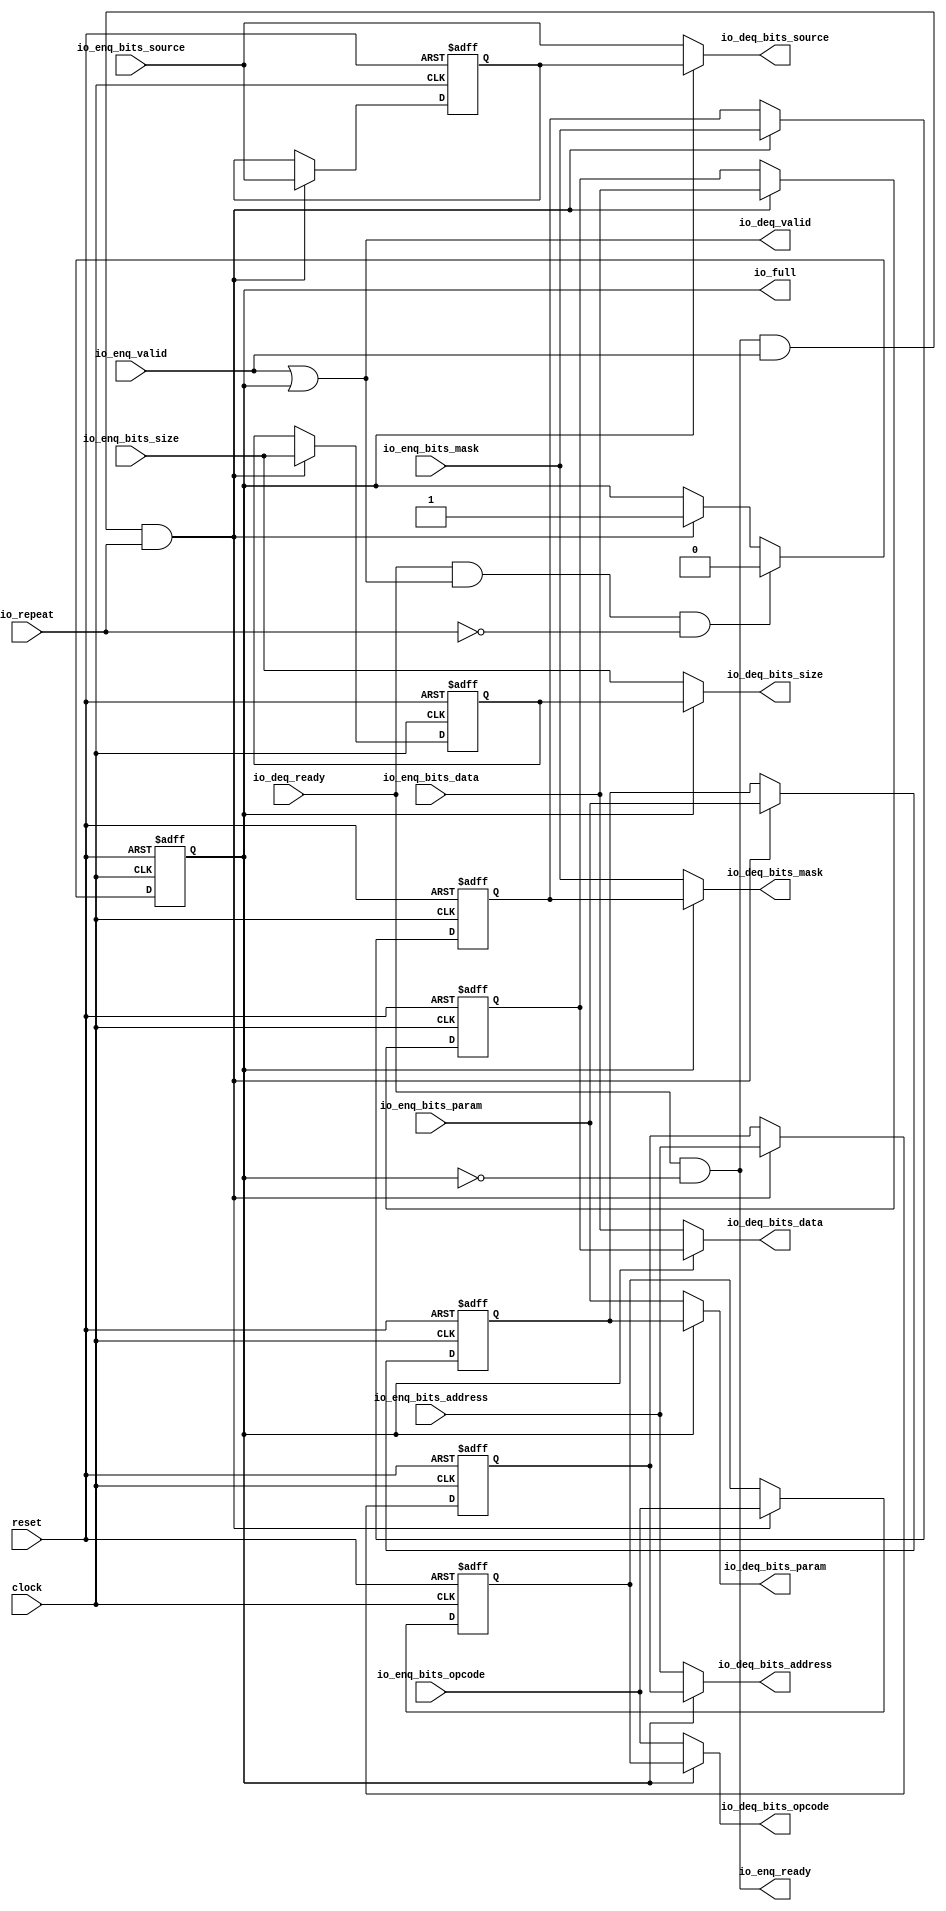
module sirv_tl_repeater_5(
  input   clock,
  input   reset,
  input   io_repeat,
  output  io_full,
  output  io_enq_ready,
  input   io_enq_valid,
  input  [2:0] io_enq_bits_opcode,
  input  [2:0] io_enq_bits_param,
  input  [2:0] io_enq_bits_size,
  input  [1:0] io_enq_bits_source,
  input  [29:0] io_enq_bits_address,
  input  [3:0] io_enq_bits_mask,
  input  [31:0] io_enq_bits_data,
  input   io_deq_ready,
  output  io_deq_valid,
  output [2:0] io_deq_bits_opcode,
  output [2:0] io_deq_bits_param,
  output [2:0] io_deq_bits_size,
  output [1:0] io_deq_bits_source,
  output [29:0] io_deq_bits_address,
  output [3:0] io_deq_bits_mask,
  output [31:0] io_deq_bits_data
);
  reg  full;
  reg [31:0] GEN_9;
  reg [2:0] saved_opcode;
  reg [31:0] GEN_10;
  reg [2:0] saved_param;
  reg [31:0] GEN_11;
  reg [2:0] saved_size;
  reg [31:0] GEN_12;
  reg [1:0] saved_source;
  reg [31:0] GEN_13;
  reg [29:0] saved_address;
  reg [31:0] GEN_14;
  reg [3:0] saved_mask;
  reg [31:0] GEN_15;
  reg [31:0] saved_data;
  reg [31:0] GEN_16;
  wire  T_77;
  wire  T_79;
  wire  T_80;
  wire [2:0] T_81_opcode;
  wire [2:0] T_81_param;
  wire [2:0] T_81_size;
  wire [1:0] T_81_source;
  wire [29:0] T_81_address;
  wire [3:0] T_81_mask;
  wire [31:0] T_81_data;
  wire  T_89;
  wire  T_90;
  wire  GEN_0;
  wire [2:0] GEN_1;
  wire [2:0] GEN_2;
  wire [2:0] GEN_3;
  wire [1:0] GEN_4;
  wire [29:0] GEN_5;
  wire [3:0] GEN_6;
  wire [31:0] GEN_7;
  wire  T_92;
  wire  T_94;
  wire  T_95;
  wire  GEN_8;
  assign io_full = full;
  assign io_enq_ready = T_80;
  assign io_deq_valid = T_77;
  assign io_deq_bits_opcode = T_81_opcode;
  assign io_deq_bits_param = T_81_param;
  assign io_deq_bits_size = T_81_size;
  assign io_deq_bits_source = T_81_source;
  assign io_deq_bits_address = T_81_address;
  assign io_deq_bits_mask = T_81_mask;
  assign io_deq_bits_data = T_81_data;
  assign T_77 = io_enq_valid | full;
  assign T_79 = full == 1'h0;
  assign T_80 = io_deq_ready & T_79;
  assign T_81_opcode = full ? saved_opcode : io_enq_bits_opcode;
  assign T_81_param = full ? saved_param : io_enq_bits_param;
  assign T_81_size = full ? saved_size : io_enq_bits_size;
  assign T_81_source = full ? saved_source : io_enq_bits_source;
  assign T_81_address = full ? saved_address : io_enq_bits_address;
  assign T_81_mask = full ? saved_mask : io_enq_bits_mask;
  assign T_81_data = full ? saved_data : io_enq_bits_data;
  assign T_89 = io_enq_ready & io_enq_valid;
  assign T_90 = T_89 & io_repeat;
  assign GEN_0 = T_90 ? 1'h1 : full;
  assign GEN_1 = T_90 ? io_enq_bits_opcode : saved_opcode;
  assign GEN_2 = T_90 ? io_enq_bits_param : saved_param;
  assign GEN_3 = T_90 ? io_enq_bits_size : saved_size;
  assign GEN_4 = T_90 ? io_enq_bits_source : saved_source;
  assign GEN_5 = T_90 ? io_enq_bits_address : saved_address;
  assign GEN_6 = T_90 ? io_enq_bits_mask : saved_mask;
  assign GEN_7 = T_90 ? io_enq_bits_data : saved_data;
  assign T_92 = io_deq_ready & io_deq_valid;
  assign T_94 = io_repeat == 1'h0;
  assign T_95 = T_92 & T_94;
  assign GEN_8 = T_95 ? 1'h0 : GEN_0;

  always @(posedge clock or posedge reset)
    if (reset) begin
      full <= 1'h0;
    end else begin
      if (T_95) begin
        full <= 1'h0;
      end else begin
        if (T_90) begin
          full <= 1'h1;
        end
      end
    end


  always @(posedge clock or posedge reset)
  if (reset) begin
    saved_opcode  <= 3'b0;
    saved_param   <= 3'b0;
    saved_size    <= 3'b0;
    saved_source  <= 2'b0;
    saved_address <= 30'b0;
    saved_mask    <= 4'b0;
    saved_data    <= 32'b0;
  end
  else begin
    if (T_90) begin
      saved_opcode <= io_enq_bits_opcode;
    end
    if (T_90) begin
      saved_param <= io_enq_bits_param;
    end
    if (T_90) begin
      saved_size <= io_enq_bits_size;
    end
    if (T_90) begin
      saved_source <= io_enq_bits_source;
    end
    if (T_90) begin
      saved_address <= io_enq_bits_address;
    end
    if (T_90) begin
      saved_mask <= io_enq_bits_mask;
    end
    if (T_90) begin
      saved_data <= io_enq_bits_data;
    end
  end

endmodule